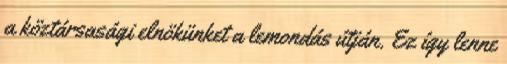
a köztársasági elnökünket a lemondás útján. Ez így lenne